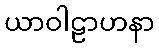
ယာဝါဠာဟနာ